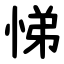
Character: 悌